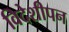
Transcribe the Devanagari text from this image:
विदेशीपन